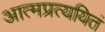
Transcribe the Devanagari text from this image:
आत्मप्रत्ययितं